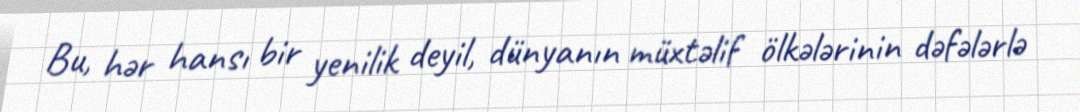
Bu, hər hansı bir yenilik deyil, dünyanın müxtəlif ölkələrinin dəfələrlə